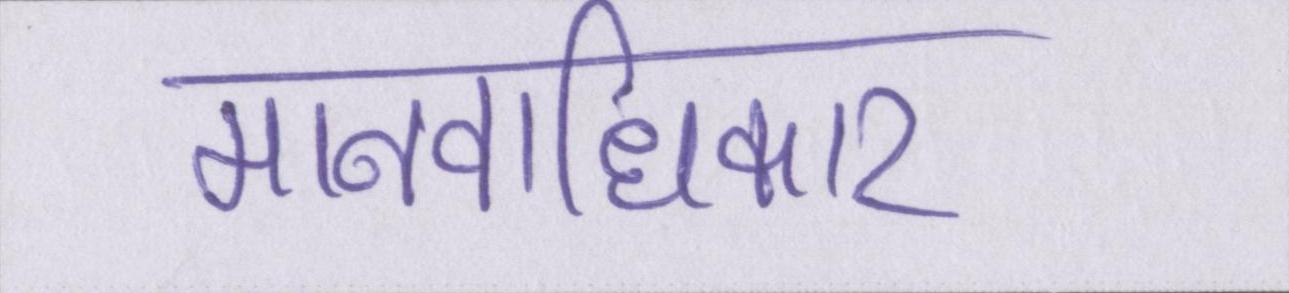
मानवाधिकार